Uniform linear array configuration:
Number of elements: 32
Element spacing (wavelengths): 1
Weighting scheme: binomial
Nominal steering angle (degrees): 45
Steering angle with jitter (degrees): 43.631
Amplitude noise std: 0.05
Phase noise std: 0.05

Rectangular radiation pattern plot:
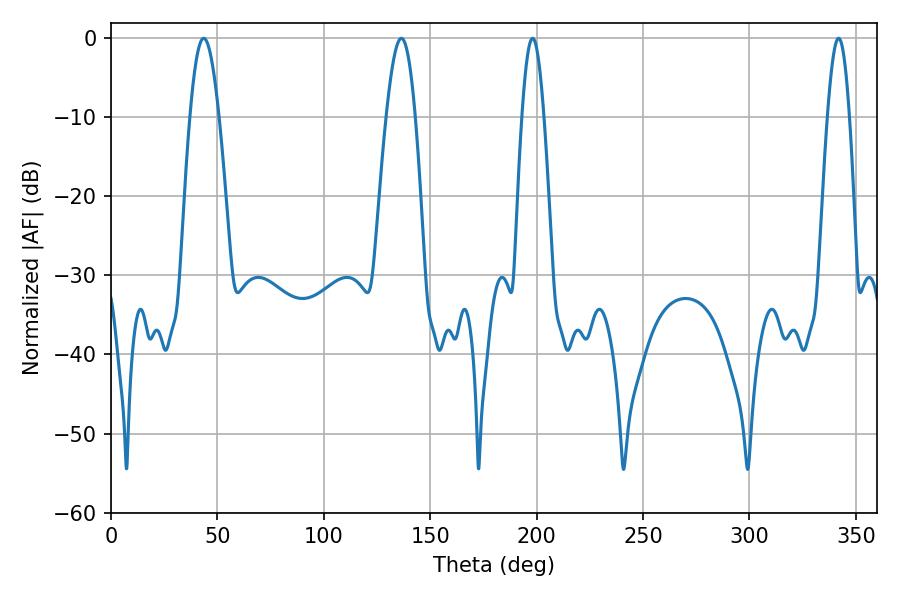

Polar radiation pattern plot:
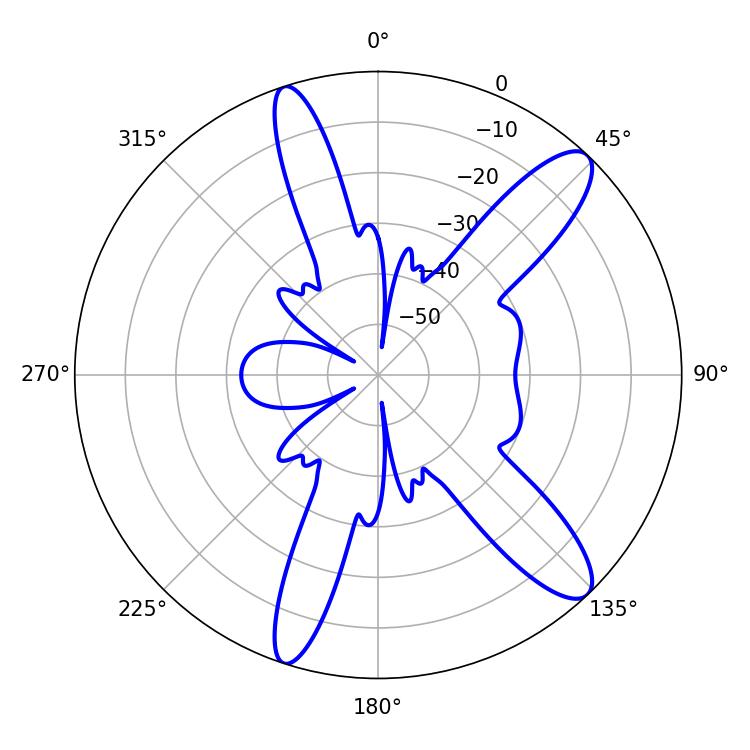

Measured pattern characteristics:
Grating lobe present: TRUE
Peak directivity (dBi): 11.946
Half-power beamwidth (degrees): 7.38
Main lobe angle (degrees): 43.56